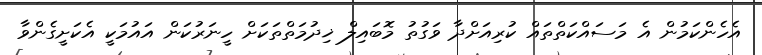
އެހެންކަމުން އެ މަސައްކަތްތައް ކުރިއަށްދާ ވަގުތު މޮބައިލް ޚިދުމަތްތަކަށް ހީނަރުކަން އައުމަކީ އެކަށީގެންވާ